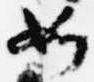
如